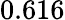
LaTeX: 0.616